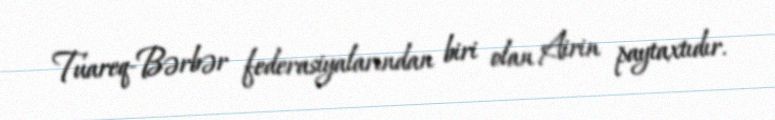
Tuareq-Bərbər federasiyalarından biri olan Airin paytaxtıdır.